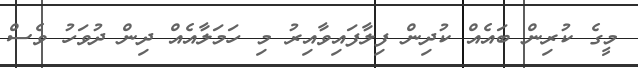
މީގެ ކުރިން ބައެއް ކުދިން ފިލާފައިވާއިރު މި ހަމަލާއެއް ދިން ދުވަހު ވެސް